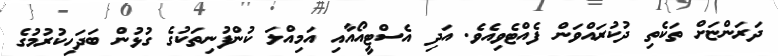
ދަރަންޏަށް ތަކެތި ދުކުރައްވަން ފެއްޓެވިއެވެ. އަދި އެސްޓީއޯއާއި އަމިއްލަ ކުންފުނިތަކުގެ ގުޅުން ބަދަހިކުރުމުގެ